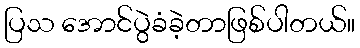
ပြသ အောင်ပွဲခံခဲ့တာဖြစ်ပါတယ်။